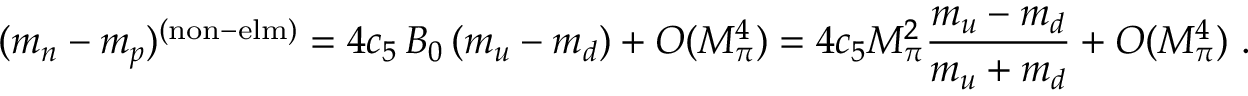
( m _ { n } - m _ { p } ) ^ { ( \mathrm { n o n - e l m ) } } = 4 c _ { 5 } \, B _ { 0 } \, ( m _ { u } - m _ { d } ) + { \cal O } ( M _ { \pi } ^ { 4 } ) = 4 c _ { 5 } M _ { \pi } ^ { 2 } { \frac { m _ { u } - m _ { d } } { m _ { u } + m _ { d } } } + { \cal O } ( M _ { \pi } ^ { 4 } ) \, \, .